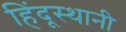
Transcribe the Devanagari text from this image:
हिंदूस्थानी